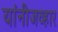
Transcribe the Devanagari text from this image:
यांनीजव्हार